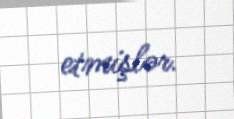
etmişlər.